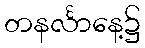
တနင်္လာနေ့၌